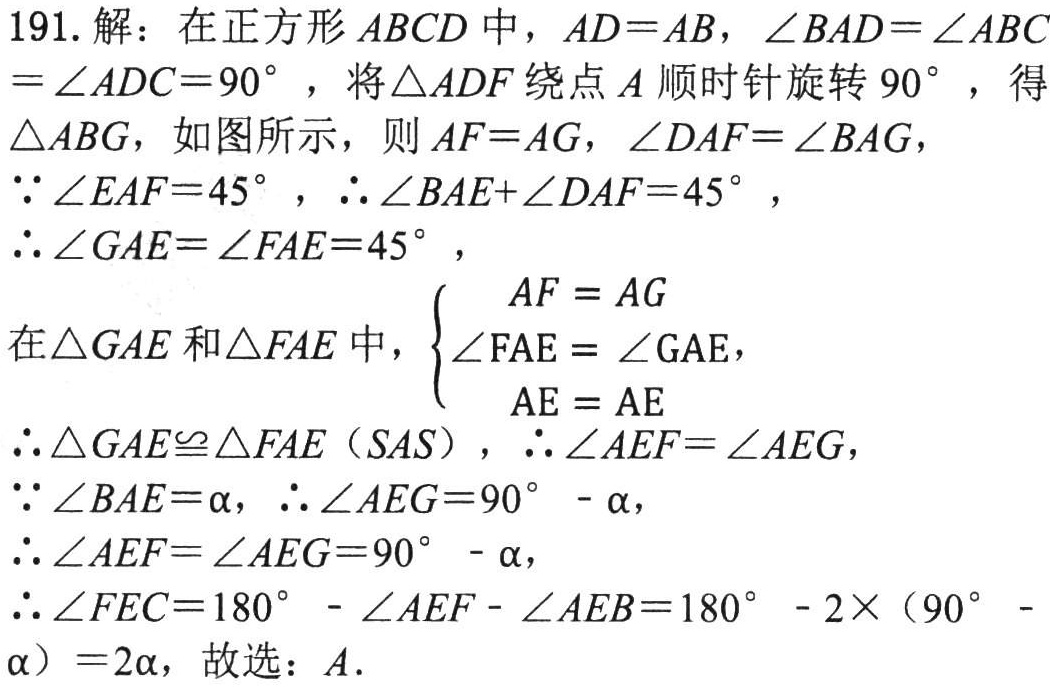
191. 解：在正方形\(ABCD\)中，\(AD = AB\)，\(\angle BAD=\angle ABC=\angle ADC = 90^{\circ}\)，将\(\triangle ADF\)绕点\(A\)顺时针旋转\(90^{\circ}\)，得\(\triangle ABG\)，如图所示，则\(AF = AG\)，\(\angle DAF=\angle BAG\)，
\(\because\angle EAF = 45^{\circ}\)，\(\therefore\angle BAE+\angle DAF = 45^{\circ}\)，
\(\therefore\angle GAE=\angle FAE = 45^{\circ}\)，
在\(\triangle GAE\)和\(\triangle FAE\)中，\(\begin{cases}AF = AG\\\angle FAE=\angle GAE\\AE = AE\end{cases}\)，
\(\therefore\triangle GAE\cong\triangle FAE\)（\(SAS\)），\(\therefore\angle AEF=\angle AEG\)，
\(\because\angle BAE=\alpha\)，\(\therefore\angle AEG = 90^{\circ}-\alpha\)，
\(\therefore\angle AEF=\angle AEG = 90^{\circ}-\alpha\)，
\(\therefore\angle FEC=180^{\circ}-\angle AEF-\angle AEB = 180^{\circ}-2\times(90^{\circ}-\alpha)=2\alpha\)，故选：\(A\).